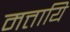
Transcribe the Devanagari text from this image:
मत्तायि